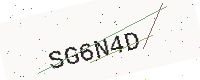
Text: SG6N4D